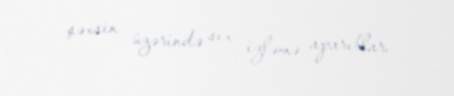
şəxsin üzərində sıx izləmə aparıblar.